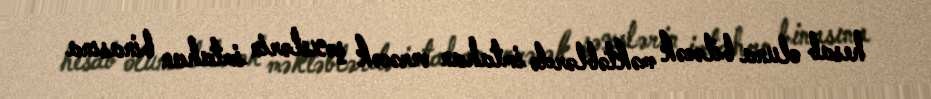
hesab oluna biləcək məktəblərdə imtahan verəcək şəxslərin imtahan binasına